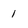
Character: 1